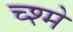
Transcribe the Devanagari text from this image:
च्श्मे